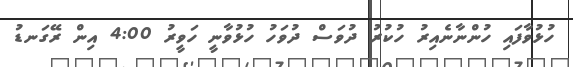
ހުޅުވާފައި ހުންނާނެއިރު ހުކުރު ދުވަސް ދުވަހު ހުޅުވާނީ ހަވީރު 4:00 އިން ރޭގަނޑު